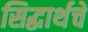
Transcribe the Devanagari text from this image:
सिद्धार्थचे